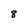
Character: 8